system: You are a helpful assistant.
user:
Analyze the provided spectrum to determine if it is a **Carbon Star (C-type)**.

- **Key Visual Indicators of Carbon Star:**
    - **(Primary):** Strong molecular absorption from **C₂ (diatomic carbon) "Swan Bands."** This is the **defining feature** of a carbon star.
        - **(Key Bandheads):** Sharp absorption edges are visible at approximately $5635$ Å, $5165$ Å (the strongest band), and $4737$ Å.
        - **(Line Profile):** Creates a distinct **"saw-tooth"** pattern. The key morphology is a sharp, steep bandhead on the **red (long-wavelength) side**, which then gradually tapers off (i.e., flux recovers) towards the **blue (short-wavelength) side**. *(This is the direct opposite of the TiO bands seen in M-type stars)*.

    - **(Secondary):** Intense **CN (cyanogen)** molecular absorption bands.
        - **(Key Bandheads):** Located in the blue and violet regions of the spectrum (e.g., near $4215$ Å and $3883$ Å).
        - **(Morphology):** These bands are extremely broad and act as a "blanket," absorbing the vast majority of blue and violet light. This creates a characteristic **"cliff"** or **"steep drop-off"** in the spectrum's flux at short wavelengths.

    - **(Key Confirmation):** Strong **CH absorption band (G-band)**.
        - **(Key Bandhead):** Located around $4300$ Å. The contribution from CH molecules to this band is exceptionally strong.

    - **(Overall Spectrum):**
        - The continuum is severely "chopped up" by these deep molecular bands, especially C₂, rather than appearing as a smooth curve.
        - Due to the heavy CN and C₂ absorption in the blue-green, the vast majority of the star's flux is concentrated in the red part of the spectrum, giving the star its characteristic deep red color.

Think first, call **spectral_visualization_tool** if needed to examine features in detail, then provide your final answer. Your response must adhere to the following strict rules:
1.  **Overall Structure:** Your response must follow the format `<think>...</think> <tool_call>...</tool_call> (if a tool is used) <answer>...</answer>`.
2.  **Tool Usage Constraint:** You may only make **one** tool call per turn.
3.  **Final Answer Format:** In the `<answer>` tag, your conclusion must be inside a `\boxed{}` command (e.g., `\boxed{YES}`), followed by your justification.

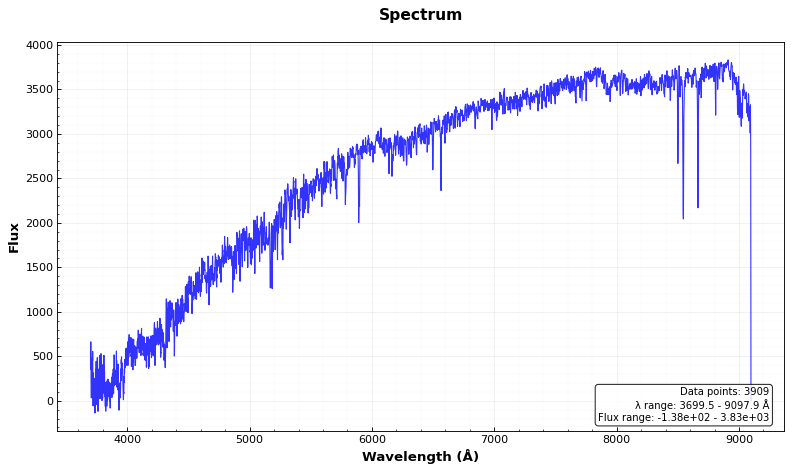
Answer: NO